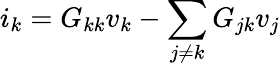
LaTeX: i_{k}=G_{kk}v_{k}-\sum_{j\neq k}G_{jk}v_{j}